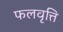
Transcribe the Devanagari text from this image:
फलवृत्ति